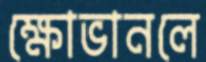
ক্ষোভানলে